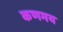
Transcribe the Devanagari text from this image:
कणमय